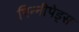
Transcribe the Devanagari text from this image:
पिन्नीपेड्स